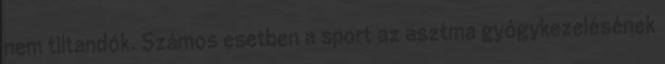
nem tiltandók. Számos esetben a sport az asztma gyógykezelésének